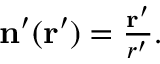
\begin{array} { r } { \mathbf { n } ^ { \prime } ( \mathbf { r } ^ { \prime } ) = \frac { \mathbf { r } ^ { \prime } } { r ^ { \prime } } . } \end{array}